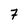
Character: 7